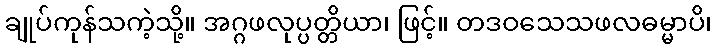
ချုပ်ကုန်သကဲ့သို့။ အဂ္ဂဖလုပ္ပတ္တိယာ၊ ဖြင့်။ တဒဝသေသဖလဓမ္မာပိ၊